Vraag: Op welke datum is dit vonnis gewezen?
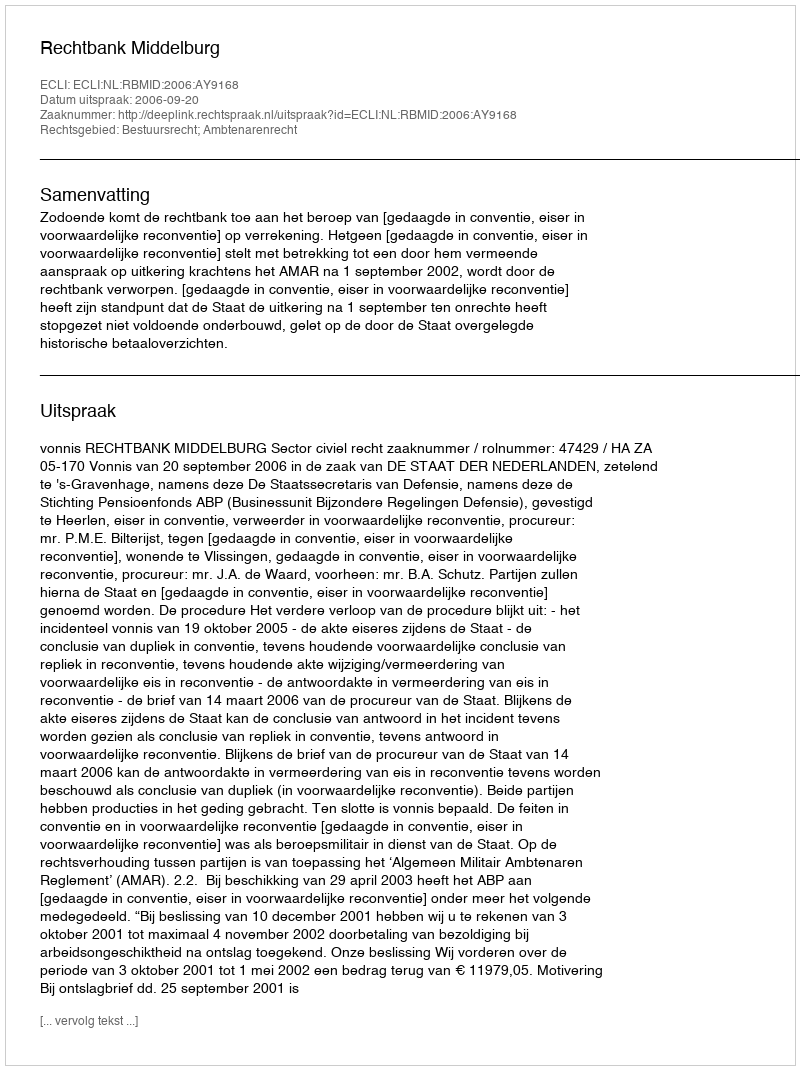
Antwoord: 2006-09-20